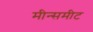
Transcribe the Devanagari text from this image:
मीन्समीट